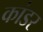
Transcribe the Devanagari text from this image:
कांडर